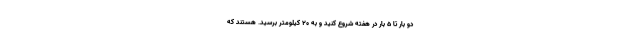
دو بار تا 5 بار در هفته شروع کنید و به 20 کیلومتر برسید. هستند که